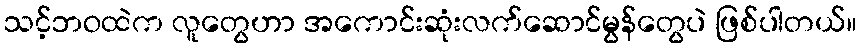
သင့်ဘဝထဲက လူတွေဟာ အကောင်းဆုံးလက်ဆောင်မွန်တွေပဲ ဖြစ်ပါတယ်။